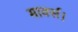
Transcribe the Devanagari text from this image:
मार्क्स।